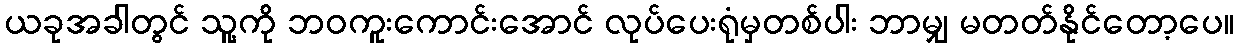
ယခုအခါတွင် သူ့ကို ဘဝကူးကောင်းအောင် လုပ်ပေးရုံမှတစ်ပါး ဘာမျှ မတတ်နိုင်တော့ပေ။